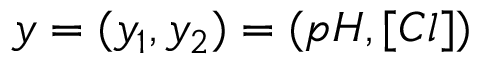
y = ( y _ { 1 } , y _ { 2 } ) = ( p H , [ C l ] )